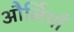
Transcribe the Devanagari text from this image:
और्लियाँ